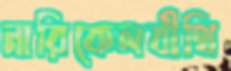
নারিকেলবীথি